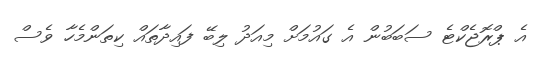
އެ ޕްރޮޖެކްޓެ ސަބަބުން އެ ގައުމަށް މިއަދު ލިބޭ ފައިދާތައް ކިތަންމެހާ ވެސް